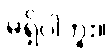
မရှိပါဘူး။